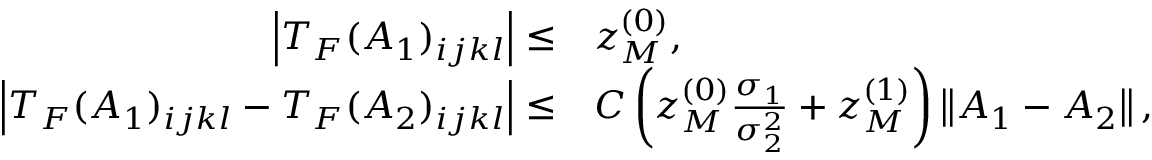
\begin{array} { r l } { \left\lvert T _ { F } ( A _ { 1 } ) _ { i j k l } \right\rvert \leq } & { z _ { M } ^ { ( 0 ) } , } \\ { \left\lvert T _ { F } ( A _ { 1 } ) _ { i j k l } - T _ { F } ( A _ { 2 } ) _ { i j k l } \right\rvert \leq } & { C \left( z _ { M } ^ { ( 0 ) } \frac { \sigma _ { 1 } } { \sigma _ { 2 } ^ { 2 } } + z _ { M } ^ { ( 1 ) } \right) \left\lVert A _ { 1 } - A _ { 2 } \right\rVert , } \end{array}